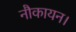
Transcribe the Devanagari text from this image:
नौकायन।